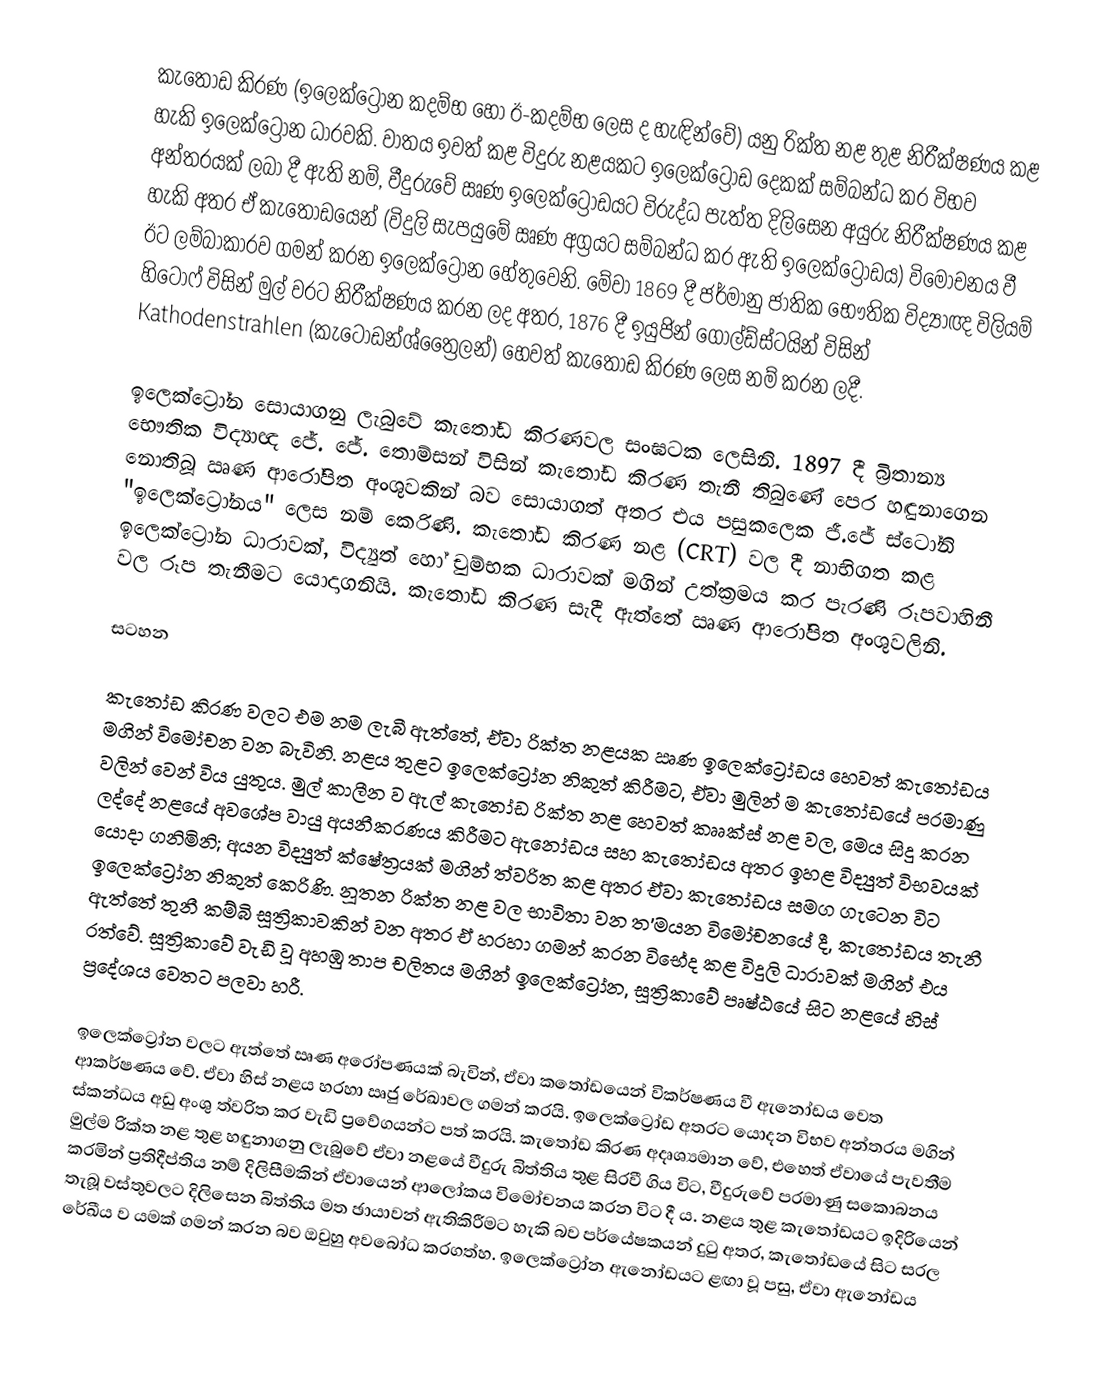
කැතෝඩ කිරණ (ඉලෙක්ට්‍රෝන කදම්භ හෝ ඊ-කදම්භ ලෙස ද හැඳින්වේ) යනු රික්ත නළ තුළ නිරීක්ෂණය කළ හැකි ඉලෙක්ට්‍රෝන ධාරවකි. වාතය ඉවත් කළ විදුරු නළයකට ඉලෙක්ට්‍රෝඩ දෙකක් සම්බන්ධ කර විභව අන්තරයක් ලබා දී ඇති නම්, වීදුරුවේ ඍණ ඉලෙක්ට්‍රෝඩයට විරුද්ධ පැත්ත දිලිසෙන අයුරු නිරීක්ෂණය කළ හැකි අතර ඒ කැතෝඩයෙන් (විදුලි සැපයුමේ ඍණ අග්‍රයට සම්බන්ධ කර ඇති ඉලෙක්ට්‍රෝඩය) විමෝචනය වී ඊට ලම්බාකාරව ගමන් කරන ඉලෙක්ට්‍රෝන හේතුවෙනි. මේවා 1869 දී ජර්මානු ජාතික භෞතික විද්‍යාඥ විලියම් හිටෝෆ් විසින් මුල් වරට නිරීක්ෂණය කරන ලද අතර, 1876 දී ඉයුජින් ගෝල්ඩ්ස්ටයින් විසින් Kathodenstrahlen (කැටෝඩන්ශ්ත්‍රෛලන්) හෙවත් කැතෝඩ කිරණ ලෙස නම් කරන ලදී.

ඉලෙක්ට්‍රෝන සොයාගනු ලැබුවේ කැතෝඩ කිරණවල සංඝටක ලෙසිනි. 1897 දී බ්‍රිතාන්‍ය භෞතික විද්‍යාඥ ජේ. ජේ. තොම්සන් විසින් කැතෝඩ කිරණ තැනී තිබුණේ පෙර හඳුනාගෙන නොතිබූ ඍණ ආරෝපිත අංශුවකින් බව සොයාගත් අතර එය පසුකලෙක ජී.ජේ ස්ටෝනි "ඉලෙක්ට්‍රෝනය" ලෙස නම් කෙරිණි. කැතෝඩ කිරණ නළ (CRT) වල දී නාභිගත කළ ඉලෙක්ට්‍රෝන ධාරාවක්, විද්‍යුත් හෝ චුම්භක ධාරාවක් මගින් උත්ක්‍රමය කර පැරණි රූපවාහිනී වල රූප තැනීමට යොදාගනියි. කැතෝඩ කිරණ සැදී ඇත්තේ ඍණ ආරෝපිත අංශුවලිනි.

සටහන

කැතෝඩ කිරණ වලට එම නම ලැබී ඇත්තේ, ඒවා රික්ත නළයක ඍණ ඉලෙක්ට්‍රෝඩය හෙවත් කැතෝඩය මගින් විමෝචන වන බැවිනි. නළය තුළට ඉලෙක්ට්‍රෝන නිකුත් කිරීමට, ඒවා මුලින් ම කැතෝඩයේ පරමාණු වලින් වෙන් විය යුතුය. මුල් කාලීන ව ඇල් කැතෝඩ රික්ත නළ හෙවත් කෲක්ස් නළ වල, මෙය සිදු කරන ලද්දේ නළයේ අවශේප වායු අයනීකරණය කිරීමට ඇනෝඩය සහ කැතෝඩය අතර ඉහළ විද්‍යුත් විභවයක් යොදා ගනිමිනි; අයන විද්‍යුත් ක්ෂේත්‍රයක් මගින් ත්වරිත කළ අතර ඒවා කැතෝඩය සමග ගැටෙන විට ඉලෙක්ට්‍රෝන නිකුත් කෙරිණි. නූතන රික්ත නළ වල භාවිතා වන ත'මයන විමෝචනයේ දී, කැතෝඩය තැනී ඇත්තේ තුනී කම්බි සූත්‍රිකාවකින් වන අතර ඒ හරහා ගමන් කරන විභේද කළ විදුලි ධාරාවක් මගින් එය රත්වේ. සූත්‍රිකාවේ වැඩි වූ අහඹු තාප චලිතය මගින් ඉලෙක්ට්‍රෝන, සූත්‍රිකාවේ පෘෂ්ඨයේ සිට නළයේ හිස් ප්‍රදේශය වෙතට පලවා හරී.

ඉලෙක්ට්‍රෝන වලට ඇත්තේ ඍණ අරෝපණයක් බැවින්, ඒවා කතෝඩයෙන් විකර්ෂණය වී ඇනෝඩය වෙත ආකර්ෂණය වේ. ඒවා හිස් නළය හරහා ඍජු රේඛාවල ගමන් කරයි. ඉලෙක්ට්‍රෝඩ අතරට යොදන විභව අන්තරය මගින් ස්කන්ධය අඩු අංශු ත්වරිත කර වැඩි ප්‍රවේගයන්ට පත් කරයි. කැතෝඩ කිරණ අදෘශ්‍යමාන වේ, එහෙත් ඒවායේ පැවතීම මුල්ම රික්ත නළ තුළ හඳුනාගනු ලැබුවේ ඒවා නළයේ වීදුරු බිත්තිය තුළ සිරවී ගිය විට, වීදුරුවේ පරමාණු සකොබනය කරමින් ප්‍රතිදීප්තිය නම් දිලිසීමකින් ඒවායෙන් ආලෝකය විමෝචනය කරන විට දී ය. නළය තුළ කැතෝඩයට ඉදිරියෙන් තැබූ වස්තුවලට දිලිසෙන බිත්තිය මත ඡායාවන් ඇතිකිරීමට හැකි බව පර්යේෂකයන් දුටු අතර, කැතෝඩයේ සිට සරල රේඛීය ව යමක් ගමන් කරන බව ඔවුහු අවබෝධ කරගත්හ. ඉලෙක්ට්‍රෝන ඇනෝඩයට ළඟා වූ පසු, ඒවා ඇනෝඩය